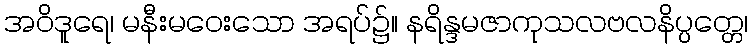
အဝိဒူရေ၊ မနီးမဝေးသော အရပ်၌။ နရိန္ဒမဇာကုသလဗလနိပ္ပတ္တေ၊